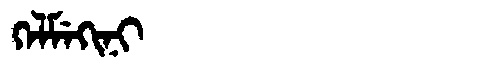
Manchu: ᡴᡝᠯᠮᡝᡴᡳᠨᡳ
Romanization: KELMEKINI